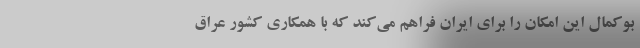
بوکمال این امکان را برای ایران فراهم می‌کند که با همکاری کشور عراق